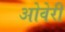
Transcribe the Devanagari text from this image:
ओवेरी